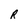
Character: R